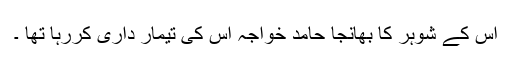
اس کے شوہر کا بھانجا حامد خواجہ اس کی تیمار داری کررہا تھا ۔